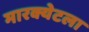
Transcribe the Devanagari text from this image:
मारक्येटला